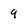
Character: 9